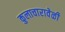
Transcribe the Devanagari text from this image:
कुलाचारावेळी